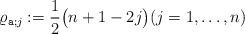
LaTeX: \begin{align*}\varrho_{\texttt{a};j}:= \frac{1}{2} \bigl( n+1-2j\bigr) (j=1,\ldots ,n) \end{align*}